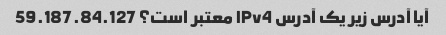
آیا آدرس زیر یک آدرس IPv4 معتبر است؟ 59.187.84.127